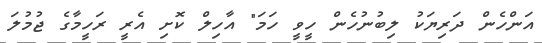
އަންހެން ދަރިޔަކު ލިބުނުހެން ހީވީ ހަމަ" އާހިލް ކޮށި އެރީ ރަހީމާގެ ޖުމުލަ